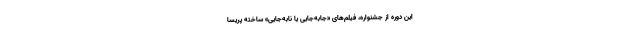
این دوره از جشنواره، فیلم‌های «جابه‌جایی یا نابه‌جایی» ساخته پریسا